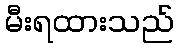
မီးရထားသည်